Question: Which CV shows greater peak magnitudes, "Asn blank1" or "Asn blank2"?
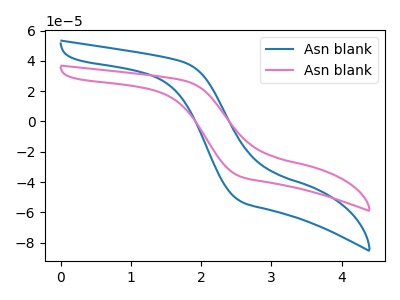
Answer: <think>The blue curve "Asn blank1" has no peaks. The pink curve "Asn blank2" has no peaks.</think>
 <answer>Niether CV has any peaks.</answer>
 <eval>blanks</eval>